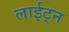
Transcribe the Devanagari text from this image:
लाईट्न